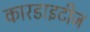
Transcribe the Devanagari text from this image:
कारडाइटीज